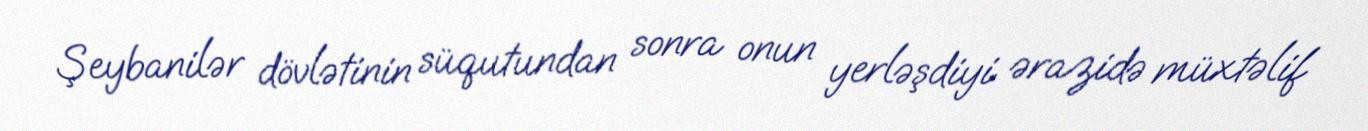
Şeybanilər dövlətinin süqutundan sonra onun yerləşdiyi ərazidə müxtəlif